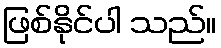
ဖြစ်နိုင်ပါ သည်။